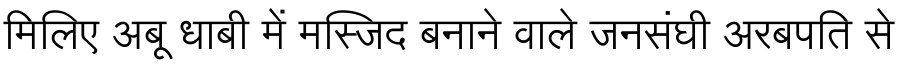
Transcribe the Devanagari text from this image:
मिलिए अबू धाबी में मस्जिद बनाने वाले जनसंघी अरबपति से